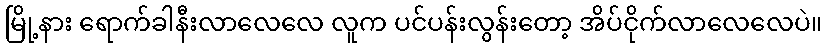
မြို့နား ရောက်ခါနီးလာလေလေ လူက ပင်ပန်းလွန်းတော့ အိပ်ငိုက်လာလေလေပဲ။